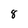
Character: 8